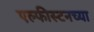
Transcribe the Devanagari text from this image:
एल्फीस्टनच्या